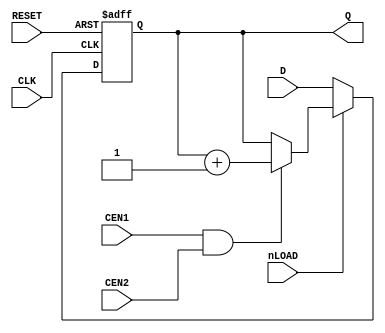
module CNT1(
	input CLK,
	input RESET,
	input nLOAD, CEN1, CEN2,
	input [3:0] D,
	output reg [3:0] Q
);

always @(posedge CLK or posedge RESET) begin
	if (RESET) begin
		Q <= 4'd0;
	end else begin
		if (!nLOAD)
			Q <= D;
		else
			if (CEN1 & CEN2) Q <= Q + 1'b1;
	end
end

endmodule